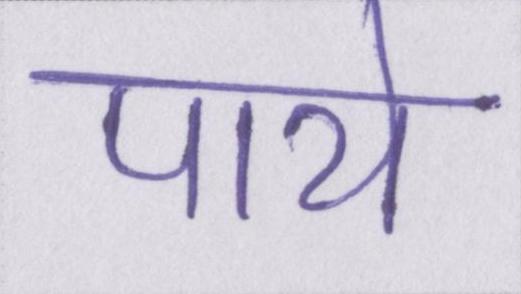
पाये